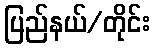
ပြည်နယ်/တိုင်း